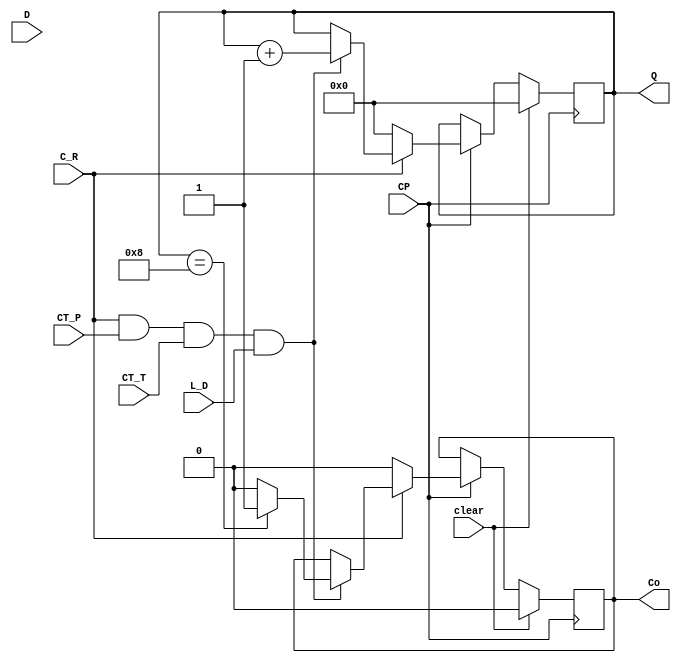
`timescale 1ns / 1ps

module my74LS161(input wire C_R, 
                 input wire clear,
				 input wire L_D,
				 input wire CT_P,
				 input wire CT_T, 
			     input wire CP,
			     input wire [3:0]D,
				 output reg [3:0]Q,
				 output reg Co
	
    );
	  initial begin
		Co=0;
		Q<=0;
		end
	always@(posedge CP) //
	begin
		if (CP==1) 
		begin
			if (C_R==1&&CT_P==1&&CT_T==1&&L_D==1)
			begin			
				Q[3:0]<=Q[3:0]+4'b0001; // 
				if (Q[3:0]==4'b1000)				
					Co<=1'b1; // 
				else 
					Co<=1'b0;		
			end
			if (C_R==0) // 
			begin
				Q<=0;
				Co<=1'b0;
			end
		end
		if (clear==1) // 
		begin	
			Q<=0;
			Co<=1'b0;
		end
	end
endmodule